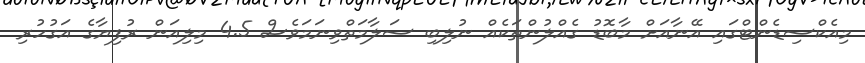
މިއެކްސިޑެންޓްގައި އޭނާއަށް މާބޮޑު ގެއްލުންތަކެއް ނުލިބި ސަލާމަތްވިނަމަވެސް 4.5 މިލިއަން ރުފިޔާގެ އަގުހުރި